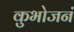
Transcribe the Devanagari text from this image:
कुभोजनं